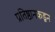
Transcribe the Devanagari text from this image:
प्रतिष्ठानकडून